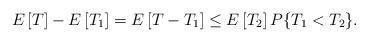
LaTeX: \begin{align*}E\left[T\right] - E\left[T_1\right] = E\left[T - T_1\right] \leq E\left[T_2\right] P\{T_1 < T_2\}.\end{align*}